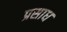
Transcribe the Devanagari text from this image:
प्रसाध